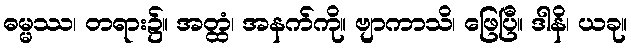
ဓမ္မဿ၊ တရား၌။ အတ္ထံ၊ အနက်ကို။ ဗျာကာသိ၊ ဖြေပြီ။ ဒါနိ၊ ယခု။